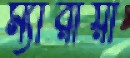
ম্যারায়া